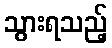
သွားရသည့်